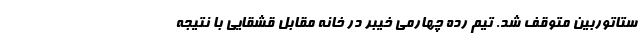
ستاتوربین متوقف شد. تیم رده چهارمی خیبر در خانه مقابل قشقایی با نتیجه